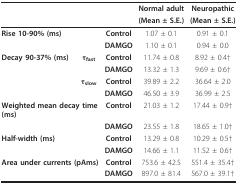
<table><thead><tr><td></td><td></td><td></td><td><b>Normal adult</b></td><td><b>Neuropathic</b></td></tr><tr><td></td><td></td><td></td><td><b>(Mean ± S.E.)</b></td><td><b>(Mean ± S.E.)</b></td></tr></thead><tbody><tr><td colspan="2"><b>Rise 10-90% (ms)</b></td><td><b>Control</b></td><td>1.07 ± 0.1</td><td>0.91 ± 0.1</td></tr><tr><td></td><td></td><td><b>DAMGO</b></td><td>1.10 ± 0.1</td><td>0.94 ± 0.0</td></tr><tr><td><b>Decay 90-37% (ms)</b></td><td><b>τ</b><sub><b>fast</b></sub></td><td><b>Control</b></td><td>11.74 ± 0.8</td><td>8.92 ± 0.4†</td></tr><tr><td></td><td></td><td><b>DAMGO</b></td><td>13.32 ± 1.3</td><td>9.69 ± 0.6†</td></tr><tr><td></td><td><b>τ</b><sub><b>slow</b></sub></td><td><b>Control</b></td><td>39.89 ± 2.2</td><td>36.64 ± 2.0</td></tr><tr><td></td><td></td><td><b>DAMGO</b></td><td>46.50 ± 3.9</td><td>36.99 ± 2.5</td></tr><tr><td colspan="2"><b>Weighted mean decay time (ms)</b></td><td><b>Control</b></td><td>21.03 ± 1.2</td><td>17.44 ± 0.9†</td></tr><tr><td></td><td></td><td><b>DAMGO</b></td><td>23.55 ± 1.8</td><td>18.65 ± 1.0†</td></tr><tr><td colspan="2"><b>Half-width (ms)</b></td><td><b>Control</b></td><td>13.29 ± 0.8</td><td>10.29 ± 0.5†</td></tr><tr><td></td><td></td><td><b>DAMGO</b></td><td>14.66 ± 1.1</td><td>11.52 ± 0.6†</td></tr><tr><td colspan="2"><b>Area under currents (pAms)</b></td><td><b>Control</b></td><td>753.6 ± 42.5</td><td>551.4 ± 35.4†</td></tr><tr><td></td><td></td><td><b>DAMGO</b></td><td>897.0 ± 81.4</td><td>567.0 ± 39.1†</td></tr></tbody></table>